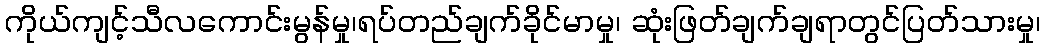
ကိုယ်ကျင့်သီလကောင်းမွန်မှု၊ရပ်တည်ချက်ခိုင်မာမှု၊ ဆုံးဖြတ်ချက်ချရာတွင်ပြတ်သားမှု၊